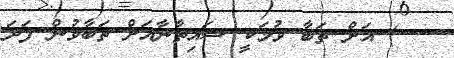
) އަށް ތަބާ ވުމަކީ ޝައިތާނާއަށް ތަބާވުން ފަދަ